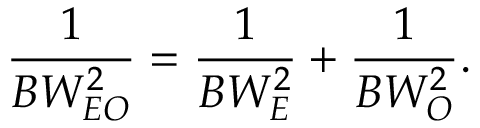
\frac { 1 } { B W _ { E O } ^ { 2 } } = \frac { 1 } { B W _ { E } ^ { 2 } } + \frac { 1 } { B W _ { O } ^ { 2 } } .